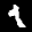
Label: 1